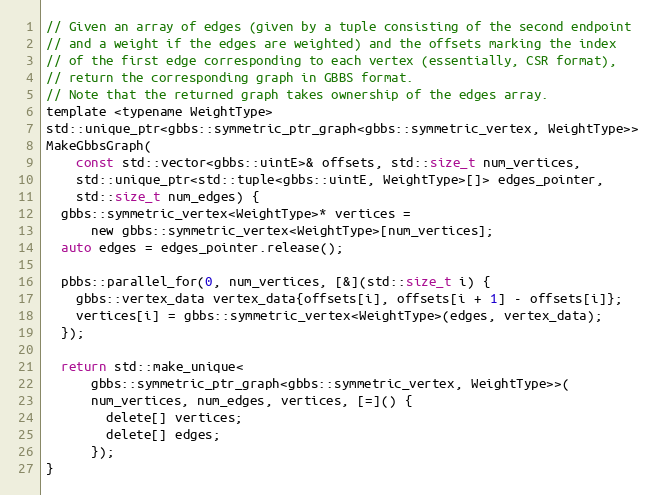
Language: C
// Given an array of edges (given by a tuple consisting of the second endpoint
// and a weight if the edges are weighted) and the offsets marking the index
// of the first edge corresponding to each vertex (essentially, CSR format),
// return the corresponding graph in GBBS format.
// Note that the returned graph takes ownership of the edges array.
template <typename WeightType>
std::unique_ptr<gbbs::symmetric_ptr_graph<gbbs::symmetric_vertex, WeightType>>
MakeGbbsGraph(
    const std::vector<gbbs::uintE>& offsets, std::size_t num_vertices,
    std::unique_ptr<std::tuple<gbbs::uintE, WeightType>[]> edges_pointer,
    std::size_t num_edges) {
  gbbs::symmetric_vertex<WeightType>* vertices =
      new gbbs::symmetric_vertex<WeightType>[num_vertices];
  auto edges = edges_pointer.release();

  pbbs::parallel_for(0, num_vertices, [&](std::size_t i) {
    gbbs::vertex_data vertex_data{offsets[i], offsets[i + 1] - offsets[i]};
    vertices[i] = gbbs::symmetric_vertex<WeightType>(edges, vertex_data);
  });

  return std::make_unique<
      gbbs::symmetric_ptr_graph<gbbs::symmetric_vertex, WeightType>>(
      num_vertices, num_edges, vertices, [=]() {
        delete[] vertices;
        delete[] edges;
      });
}